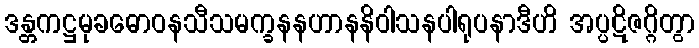
ဒန္တကဋ္ဌမုခဓောဝနသီသမက္ခနနဟာနနိဝါသနပါရုပနာဒီဟိ အပ္ပဋိဇဂ္ဂိတွာ